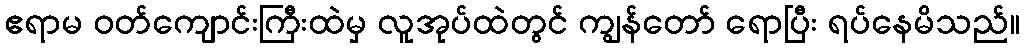
ဧရာမ ဝတ်ကျောင်းကြီးထဲမှ လူအုပ်ထဲတွင် ကျွန်တော် ရောပြီး ရပ်နေမိသည်။